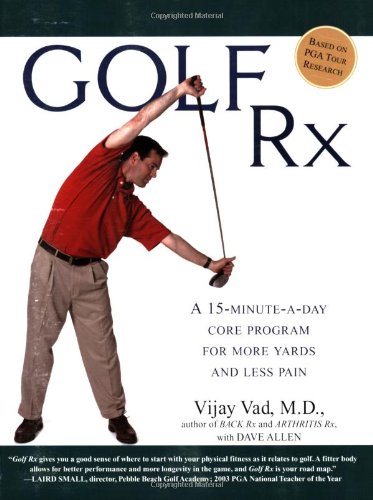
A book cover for Golf Rx: A 15-Minute-a-Day Core Program for More Yards and Less Pain; Vijay Vad M.D.; Health, Fitness & Dieting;